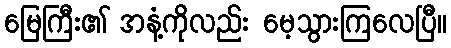
မြေကြီး၏ အနံ့ကိုလည်း မေ့သွားကြလေပြီ။